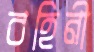
বহিনী